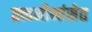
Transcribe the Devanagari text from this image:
तत्त्वमीमांसेत